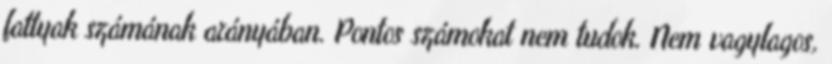
fattyak számának arányában. Pontos számokat nem tudok. Nem vagylagos,